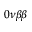
0 \nu \beta \beta